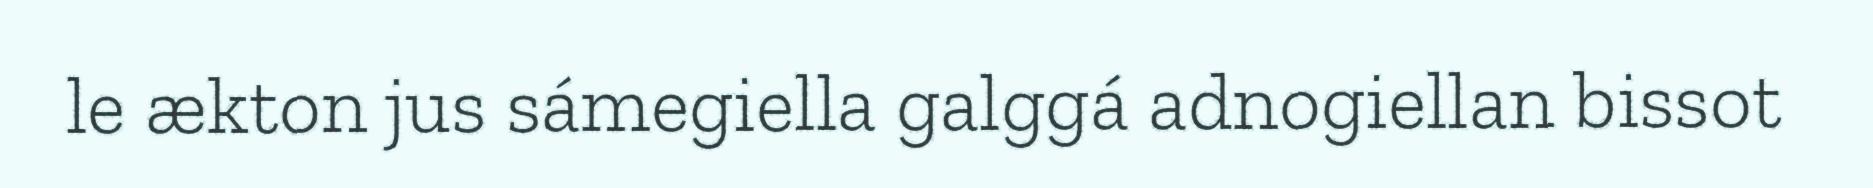
le ækton jus sámegiella galggá adnogiellan bissot